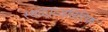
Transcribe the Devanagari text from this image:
स्थळांव्यतिरिक्त